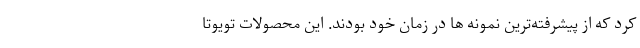
کرد که از پیشرفته‌ترین نمونه ها در زمان خود بودند. این محصولات تویوتا